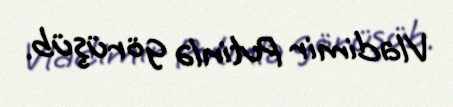
Vladimir Putinlə görüşüb.